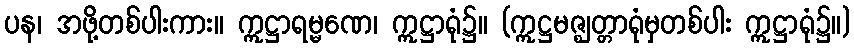
ပန၊ အဖို့တစ်ပါးကား။ ဣဋ္ဌာရမ္မဏေ၊ ဣဋ္ဌာရုံ၌။ (ဣဋ္ဌမဇ္ဈတ္တာရုံမှတစ်ပါး ဣဋ္ဌာရုံ၌။)